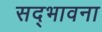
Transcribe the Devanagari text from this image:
सद्‌भावना